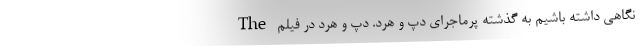
نگاهی داشته باشیم به گذشته پرماجرای دپ و هرد. دپ و هرد در فیلم The